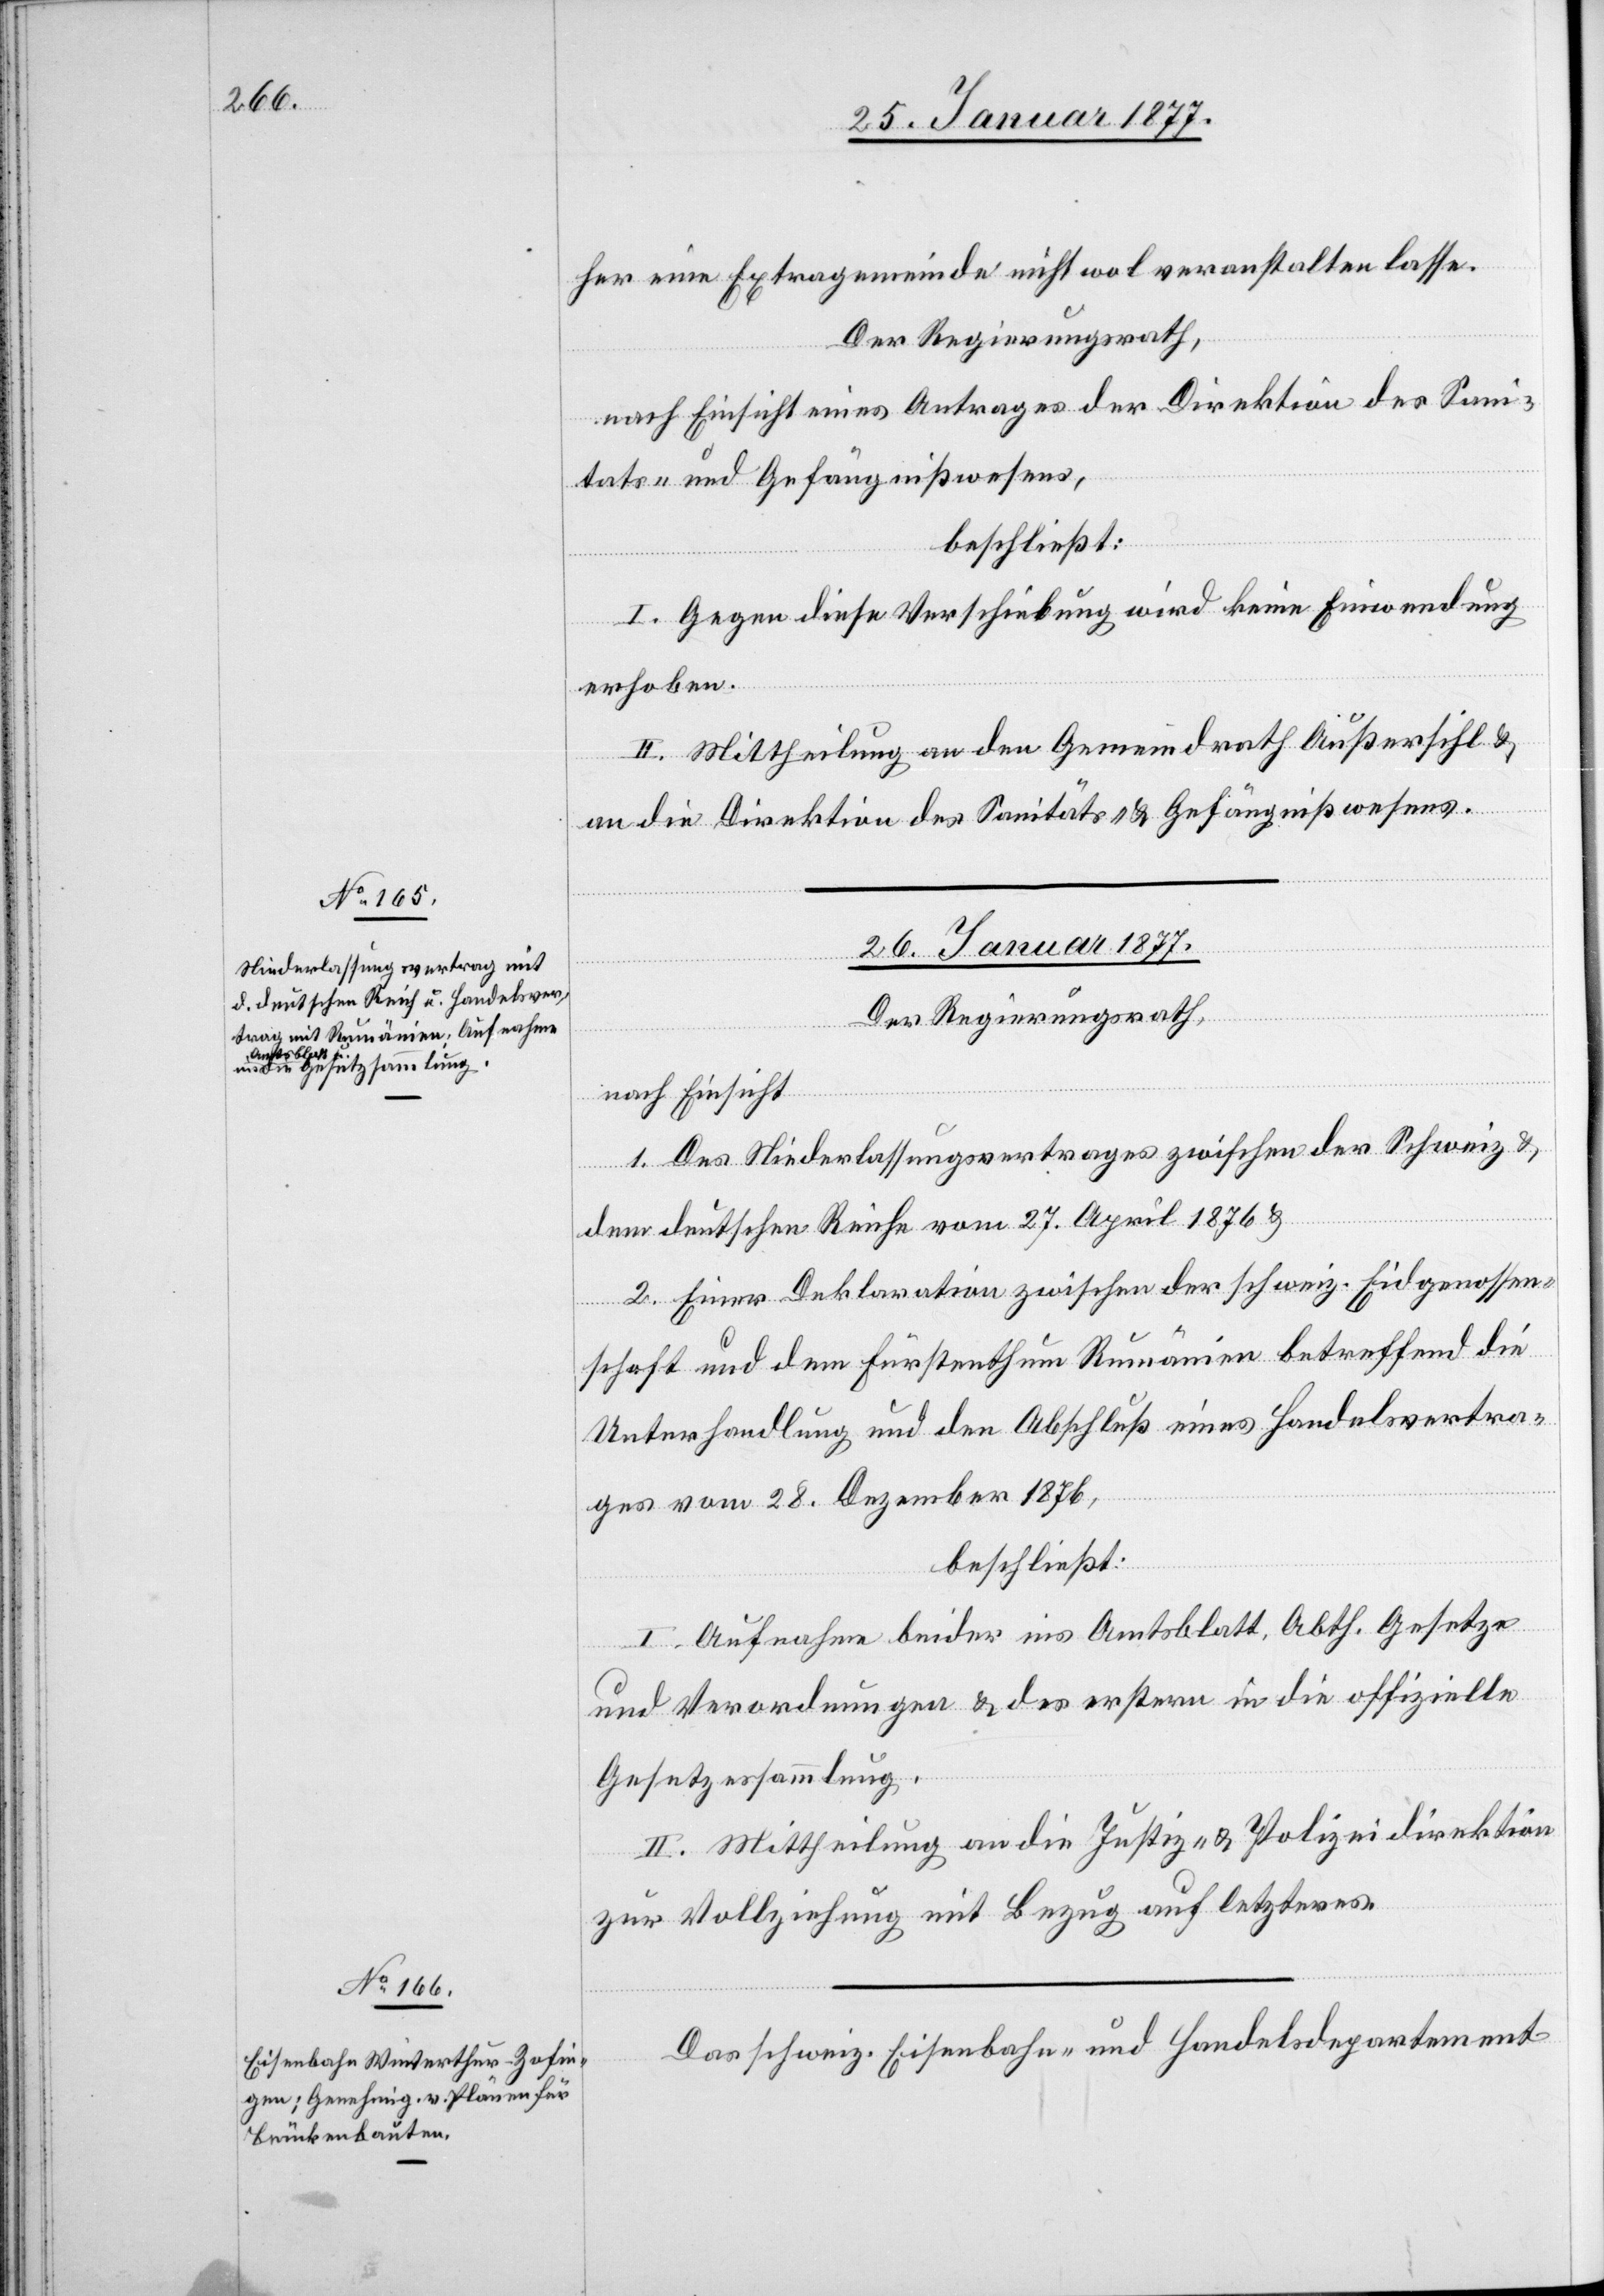
her eine Extragemeinde nicht wol veranstalten lasse.
Der Regierungsrath,
nach Einsicht eines Antrages der Direktion des Sani¬
täts- und Gefängnißwesens,
beschließt:
I. Gegen diese Verschiebung wird keine Einwendung
erhoben.
II. Mittheilung an den Gemeindrath Außersihl &
an die Direktion des Sanitäts- und Gefängnißwesens.
26. Januar 1877.]
Der Regierungsrath,
nach Einsicht
1. Des Niederlassungsvertrages zwischen der Schweiz &
dem deutschen Reiche vom 27. April 1876 &
2. Einer Deklaration zwischen der schweiz. Eidgenossen¬
schaft und dem Fürstenthum Rumänien betreffend die
Unterhandlung und den Abschluß eines Handelsvertra¬
ges vom 28. Dezember 1876,
beschließt:
I. Aufnahme beider ins Amtsblatt, Abth. Gesetze
und Verordnungen & des erstern in die offizielle
Gesetzessammlung.
II. Mittheilung an die Justiz- und Polizeidirektion
zur Vollziehung mit Bezug auf letzteres.
Das schweiz. Eisenbahn- und Handelsdepartement